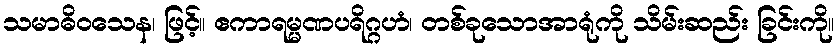
သမာဓိဝသေန၊ ဖြင့်။ ဧကာရမ္မဏပရိဂ္ဂဟံ၊ တစ်ခုသောအာရုံကို သိမ်းဆည်း ခြင်းကို။